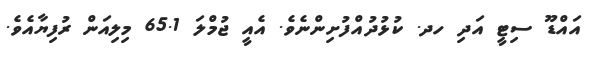
އައްޑޫ ސިޓީ އަދި ހދ. ކުޅުދުއްފުށިންނެވެ. އެއީ ޖުމްލަ 65.1 މިލިއަން ރުފިޔާއެވެ.